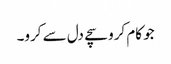
جو کام کرو سچے دل سے کرو۔